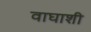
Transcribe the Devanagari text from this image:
वाघाशी